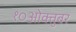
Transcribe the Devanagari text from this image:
१०ओक्तुबर